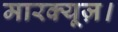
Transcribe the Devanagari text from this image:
मारक्यूज़।